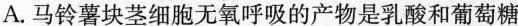
A.马铃薯块茎细胞无氧呼吸的产物是乳酸和葡萄糖